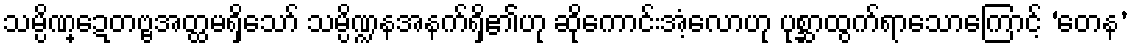
သမ္ပိဏ္ဍေတဗ္ဗအတ္ထမရှိသော် သမ္ပိဏ္ဍနအနက်ရှိ၏ဟု ဆိုကောင်းအံ့လောဟု ပုစ္ဆာထွက်ရာသောကြောင့် ‘တေန’